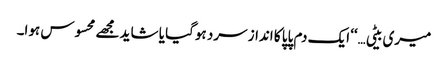
میری بیٹی…‘‘ ایک دم پاپا کا انداز سرد ہوگیا یا شاید مجھے محسوس ہوا۔